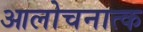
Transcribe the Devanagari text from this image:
आलोचनात्क